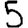
Digit: 5